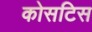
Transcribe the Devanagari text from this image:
कोसटिस